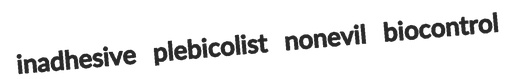
inadhesive plebicolist nonevil biocontrol